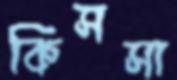
কিসসা